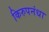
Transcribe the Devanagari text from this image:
किरुपनंधा